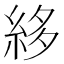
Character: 𥿫